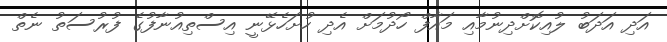
އަދި އަދަބު ލުއިކޮށްދިނުމާއި މައާފް ހޯދުމަށް އެދި ހުށަހެޅޭނީ އިސްތިއުނާފުގެ ފުރުސަތު ނެތް